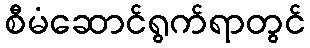
စီမံဆောင်ရွက်ရာတွင်